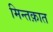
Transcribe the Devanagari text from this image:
मिन्तक़ात